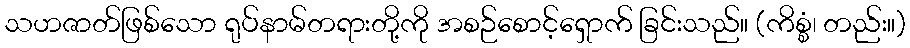
သဟဇာတ်ဖြစ်သော ရုပ်နာမ်တရားတို့ကို အစဉ်စောင့်ရှောက် ခြင်းသည်။ (ကိစ္စံ၊ တည်း။)